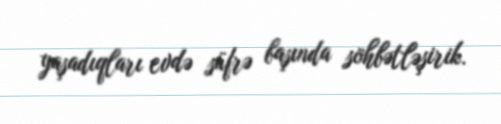
yaşadıqları evdə süfrə başında söhbətləşirik.